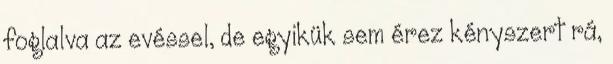
foglalva az evéssel, de egyikük sem érez kényszert rá,